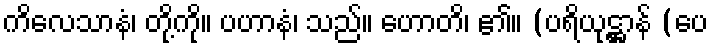
ကိလေသာနံ၊ တို့ကို။ ပဟာနံ၊ သည်။ ဟောတိ၊ ၏။ (ပရိယုဋ္ဌာန် (ပေ